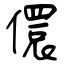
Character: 儇